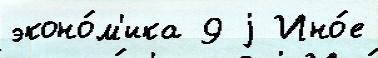
эконо́м'ика 9 j Ино́е